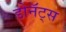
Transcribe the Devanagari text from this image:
डोनॅट्स